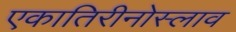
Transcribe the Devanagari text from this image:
एकातिरीनोस्लाव